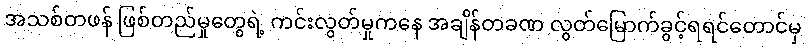
အသစ်တဖန် ဖြစ်တည်မှုတွေရဲ့ ကင်းလွတ်မှုကနေ အချိန်တခဏ လွတ်မြောက်ခွင့်ရရင်တောင်မှ